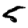
Digit: 5